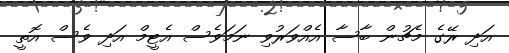
އަދި ރޭގެ މެޗުން ބާސާ އެއްވަރުވި ނަމަވެސް އެޓީމް އަދި ވެސް އޮތީ